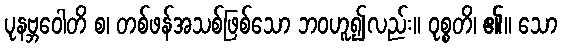
ပုနဗ္ဘဝေါတိ စ၊ တစ်ဖန်အသစ်ဖြစ်သော ဘဝဟူ၍လည်း။ ဝုစ္စတိ၊ ၏။ သော